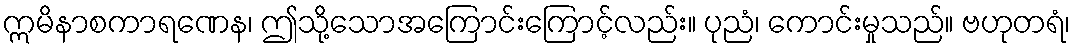
ဣမိနာစကာရဏေန၊ ဤသို့သောအကြောင်းကြောင့်လည်း။ ပုညံ၊ ကောင်းမှုသည်။ ဗဟုတရံ၊